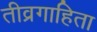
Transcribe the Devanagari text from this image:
तीव्रगाहिता